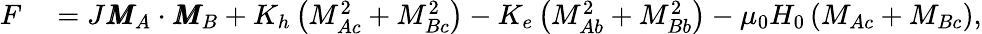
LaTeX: \begin{array}{rl}{F}&{{}=J\pmb{M}_{A}\cdot\pmb{M}_{B}+K_{h}\left(M_{Ac}^{2}+M_{Bc}^{2}\right)-K_{e}\left(M_{Ab}^{2}+M_{Bb}^{2}\right)-\mu_{0}H_{0}\left(M_{Ac}+M_{Bc}\right),}\end{array}